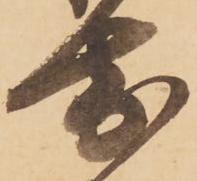
前